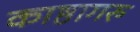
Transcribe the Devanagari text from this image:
काष्ठागरु